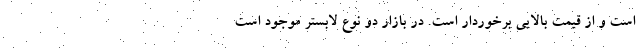
است و از قیمت بالایی برخوردار است. در بازار دو نوع لابستر موجود است